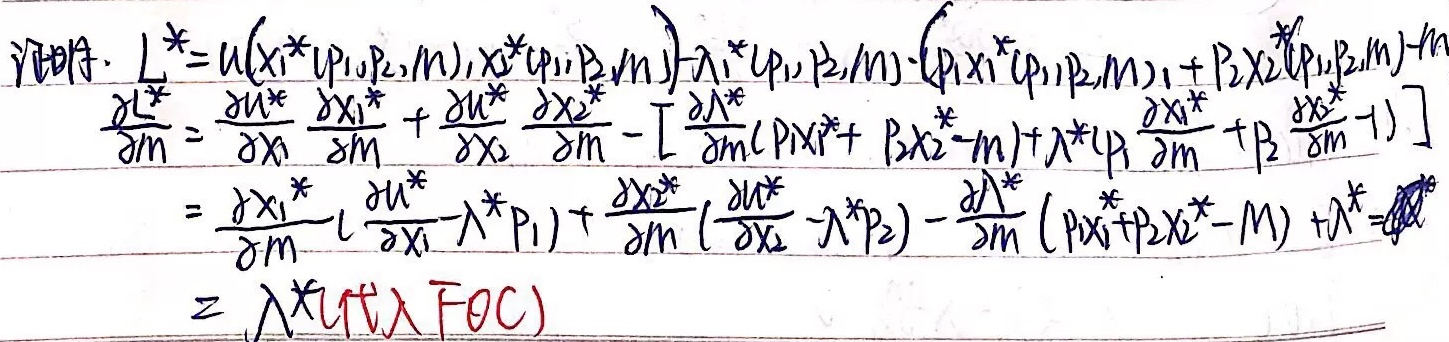
证明：
\(L^{*}=u(x_1^{*}(p_1,p_2,m),x_2^{*}(p_1,p_2,m))-\lambda^{*}(p_1,p_2,m)\cdot(p_1x_1^{*}(p_1,p_2,m)+p_2x_2^{*}(p_1,p_2,m)-m)\)

\[
\begin{align*}
\frac{\partial L^{*}}{\partial m}&=\frac{\partial u^{*}}{\partial x_1}\frac{\partial x_1^{*}}{\partial m}+\frac{\partial u^{*}}{\partial x_2}\frac{\partial x_2^{*}}{\partial m}-\left[\frac{\partial\lambda^{*}}{\partial m}(p_1x_1^{*}+p_2x_2^{*}-m)+\lambda^{*}(p_1\frac{\partial x_1^{*}}{\partial m}+p_2\frac{\partial x_2^{*}}{\partial m}-1)\right]\\
&=\frac{\partial x_1^{*}}{\partial m}(\frac{\partial u^{*}}{\partial x_1}-\lambda^{*}p_1)+\frac{\partial x_2^{*}}{\partial m}(\frac{\partial u^{*}}{\partial x_2}-\lambda^{*}p_2)-\frac{\partial\lambda^{*}}{\partial m}(p_1x_1^{*}+p_2x_2^{*}-m)+\lambda^{*}\\
&=\lambda^{*} \quad (\text{FOC})
\end{align*}
\]